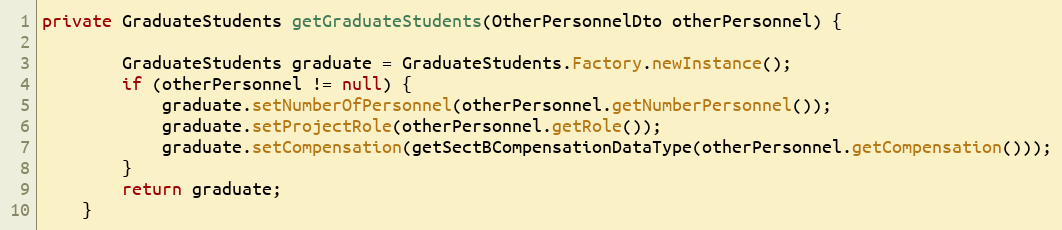
Language: Java
private GraduateStudents getGraduateStudents(OtherPersonnelDto otherPersonnel) {

        GraduateStudents graduate = GraduateStudents.Factory.newInstance();
        if (otherPersonnel != null) {
            graduate.setNumberOfPersonnel(otherPersonnel.getNumberPersonnel());
            graduate.setProjectRole(otherPersonnel.getRole());
            graduate.setCompensation(getSectBCompensationDataType(otherPersonnel.getCompensation()));
        }
        return graduate;
    }